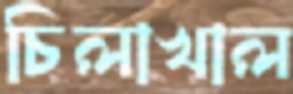
চিলাখাল